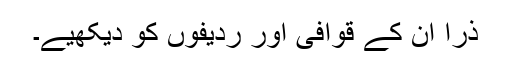
ذرا ان کے قوافی اور ردیفوں کو دیکھیے۔